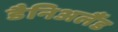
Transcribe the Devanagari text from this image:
डैनिअलैंड